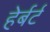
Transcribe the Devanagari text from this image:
हेर्बर्ट